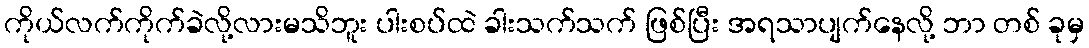
ကိုယ်လက်ကိုက်ခဲလို့လားမသိဘူး ပါးစပ်ထဲ ခါးသက်သက် ဖြစ်ပြီး အရသာပျက်နေလို့ ဘာ တစ် ခုမှ